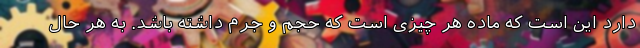
دارد این است که ماده هر چیزی است که حجم و جرم داشته باشد. به هر حال